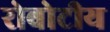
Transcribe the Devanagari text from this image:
रोबोटीय